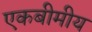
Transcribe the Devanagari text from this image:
एकबीमीय